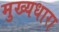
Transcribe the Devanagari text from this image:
मुख्‍यधारा